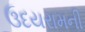
ઉદયરામની